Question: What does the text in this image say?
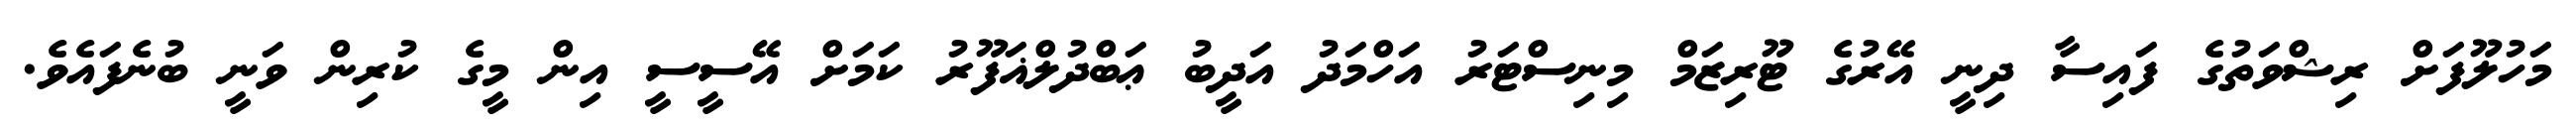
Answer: މަހުލޫފަށް ރިޝްވަތުގެ ފައިސާ ދިނީ އޭރުގެ ޓޫރިޒަމް މިނިސްޓަރު އަހްމަދު އަދީބު ޢަބްދުލްޣަފޫރު ކަމަށް އޭސީސީ އިން މީގެ ކުރިން ވަނީ ބުނެފައެވެ.